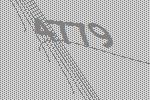
4779